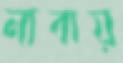
নাবায়